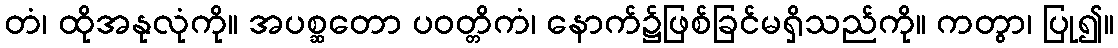
တံ၊ ထိုအနုလုံကို။ အပစ္ဆတော ပဝတ္တိကံ၊ နောက်၌ဖြစ်ခြင်မရှိသည်ကို။ ကတွာ၊ ပြု၍။